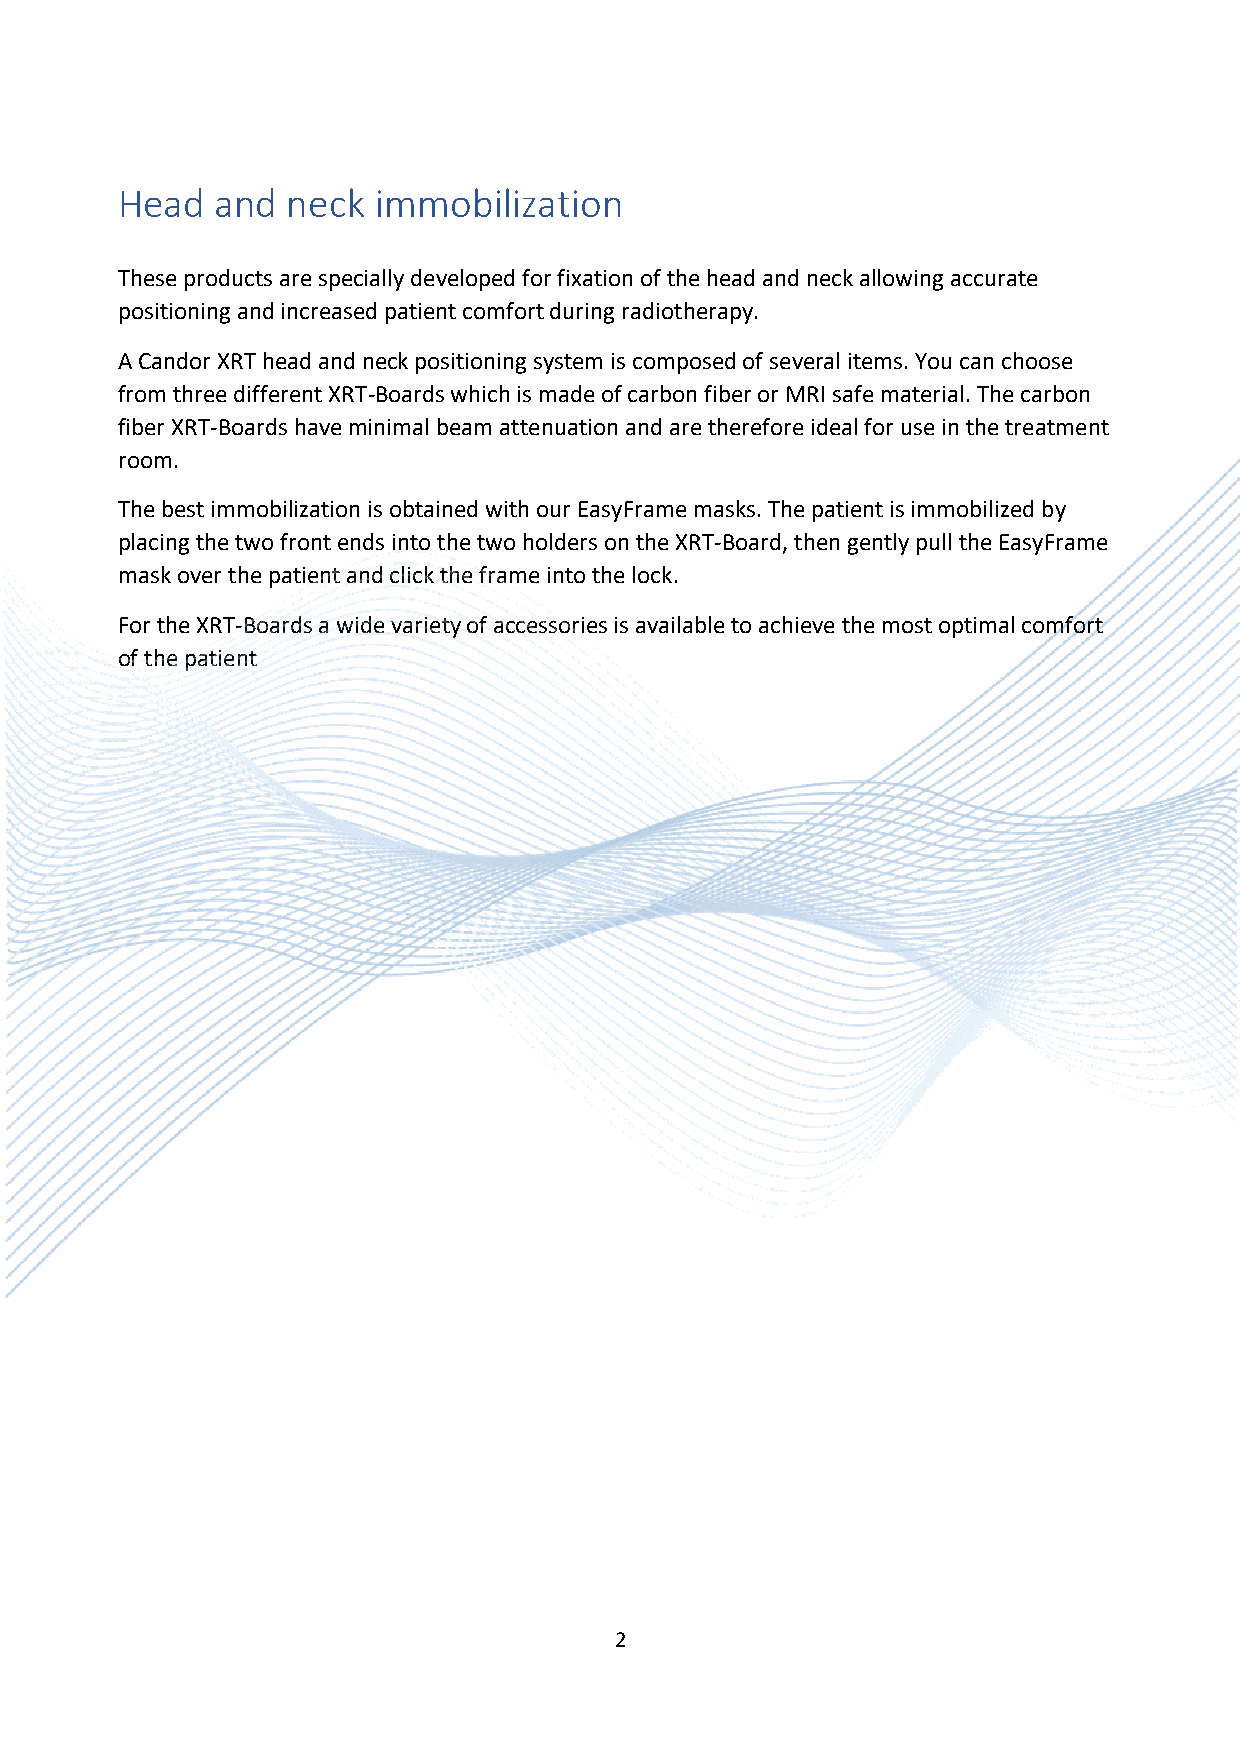
Head  and  neck  immobilization
 These products are specially developed for fixation of the head and neck allowing accurate
 positioning and increased patient comfort during radiotherapy.
 A Candor XRT head and neck positioning system is composed of several items. You can choose
 from three different XRT-Boards which is made of carbon fiber or MRI safe material. The carbon
 fiber XRT-Boards have minimal beam attenuation and are therefore ideal for use in the treatment
 room.
 The best immobilization is obtained with our EasyFrame masks. The patient is immobilized by
 placing the two front ends into the two holders on the XRT-Board, then gently pull the EasyFrame
 mask over the patient and click the frame into the lock.
 For the XRT-Boards a wide variety of accessories is available to achieve the most optimal comfort
 of the patient
 2